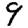
Digit: 9